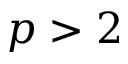
p > 2